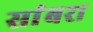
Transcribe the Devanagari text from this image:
सांंबरा